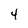
Character: 4